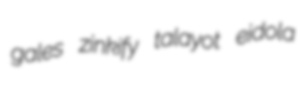
gales zinkify talayot eidola